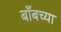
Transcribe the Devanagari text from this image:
बाँबच्या